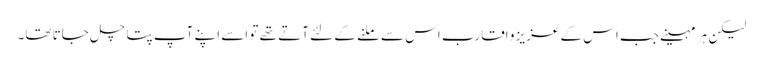
لیکن ہر مہینے جب اس کے عزیز و اقارب اس سے ملنے کے لئے آتے تھے تو اسے اپنے آپ پتا چل جاتا تھا۔